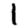
Digit: 1